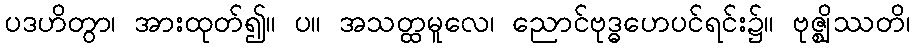
ပဒဟိတွာ၊ အားထုတ်၍။ ပ။ အသတ္ထမူလေ၊ ညောင်ဗုဒ္ဓဟေပင်ရင်း၌။ ဗုဇ္ဈိဿတိ၊